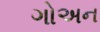
ગોઅન